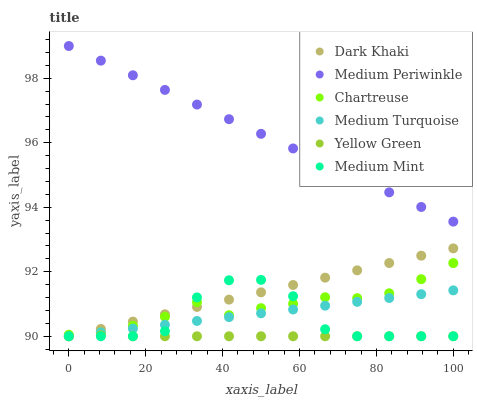
| xaxis_label | Dark Khaki | Medium Periwinkle | Chartreuse | Medium Turquoise | Yellow Green | Medium Mint |
 | --- | --- | --- | --- | --- | --- | --- |
 | 0 | 90 | 99 | 90 | 90 | 90 | 90 |
 | 8.33 | 90.2 | 98.5 | 90.1 | 90.1 | 90 | 90 |
 | 16.7 | 90.5 | 98.1 | 90.3 | 90.2 | 90 | 90 |
 | 25 | 90.7 | 97.6 | 90.6 | 90.4 | 90 | 90.2 |
 | 33.3 | 90.9 | 97.2 | 91.1 | 90.5 | 90 | 91.2 |
 | 41.7 | 91.1 | 96.7 | 90.7 | 90.6 | 90 | 91.7 |
 | 50 | 91.4 | 96.3 | 90.9 | 90.7 | 90 | 91.7 |
 | 58.3 | 91.6 | 95.8 | 91 | 90.8 | 90 | 91.2 |
 | 66.7 | 91.8 | 95.4 | 91.2 | 90.9 | 90 | 90.2 |
 | 75 | 92 | 94.9 | 91.2 | 91.1 | 90 | 90 |
 | 83.3 | 92.3 | 94.5 | 91.3 | 91.2 | 90 | 90 |
 | 91.7 | 92.5 | 94 | 91.8 | 91.3 | 90 | 90 |
 | 100 | 92.7 | 93.6 | 92.3 | 91.4 | 90 | 90 |